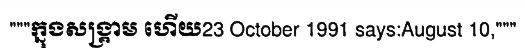
"""ក្នុងសង្គ្រាម ហើយ23 October 1991 says:August 10,"""